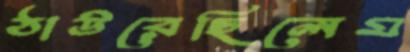
ঠাউরেছিলেম